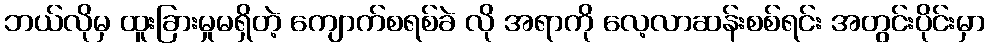
ဘယ်လိုမှ ထူးခြားမှုမရှိတဲ့ ကျောက်စရစ်ခဲ လို အရာကို လေ့လာဆန်းစစ်ရင်း အတွင်းပိုင်းမှာ